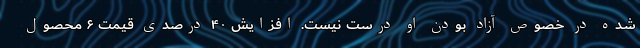
شده در خصوص آزاد بودن او درست نیست. افزایش ۴۰ درصدی قیمت ۶ محصول